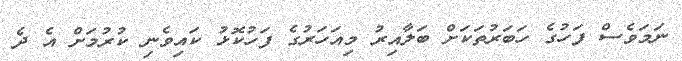
ނަމަވެސް ފަހުގެ ހަބަރުތަކަށް ބަލާއިރު މިއަހަރުގެ ފަހުކޮޅު ކައިވެނި ކުރުމަށް އެ ދެ